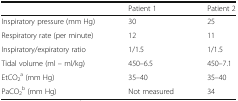
<table><thead><tr><td></td><td><b>Patient 1</b></td><td><b>Patient 2</b></td></tr></thead><tbody><tr><td>Inspiratory pressure (mm Hg)</td><td>30</td><td>25</td></tr><tr><td>Respiratory rate (per minute)</td><td>12</td><td>11</td></tr><tr><td>Inspiratory/expiratory ratio</td><td>1/1.5</td><td>1/1.5</td></tr><tr><td>Tidal volume (ml – ml/kg)</td><td>450–6.5</td><td>450–7.1</td></tr><tr><td>EtCO<sub>2</sub><sup>a</sup> (mm Hg)</td><td>35–40</td><td>35–40</td></tr><tr><td>PaCO<sub>2</sub><sup>b</sup> (mm Hg)</td><td>Not measured</td><td>34</td></tr></tbody></table>